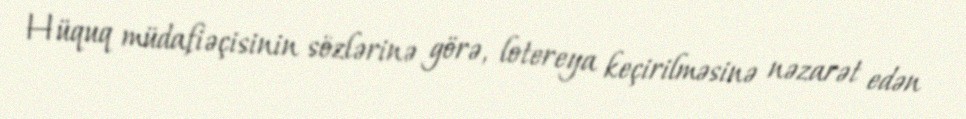
Hüquq müdafiəçisinin sözlərinə görə, lotereya keçirilməsinə nəzarət edən